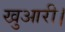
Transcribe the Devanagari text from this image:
खुआरी।